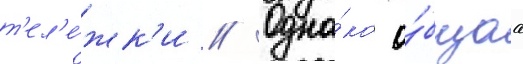
т'ел'е́жк'и // Одна́ко о́бщаа